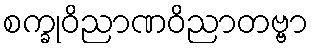
စက္ခုဝိညာဏဝိညာတဗ္ဗာ